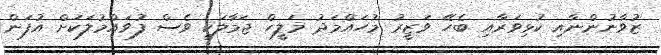
ޒުވާނުންނާއި ކުޅިވަރާއި ބެހޭ ވަޒީރު މުހައްމަދު މަލީހް ޖަމާލަކީ ވެސް ފުވައްމުލަކަށް އުފަން